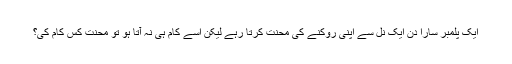
ایک پلمبر سارا دن ایک نل سے اپنی روکنے کی محنت کرتا رہے لیکن اسے کام ہی نہ آتا ہو تو محنت کس کام کی؟